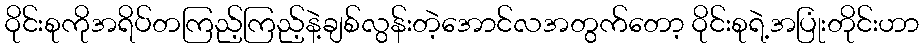
ဝိုင်းစုကိုအရိပ်တကြည့်ကြည့်နဲ့ချစ်လွန်းတဲ့အောင်လအတွက်တော့ ဝိုင်းစုရဲ့အပြုံးတိုင်းဟာ